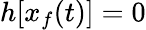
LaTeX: h[x_{f}(t)]=0